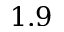
1 . 9